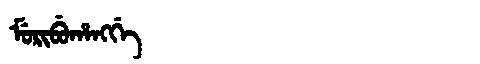
Manchu: ᠮᡠᡵᡳᠪᡠᡥᠠᠩᡤᡝ
Romanization: MURIBUHANGGE